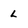
Character: L